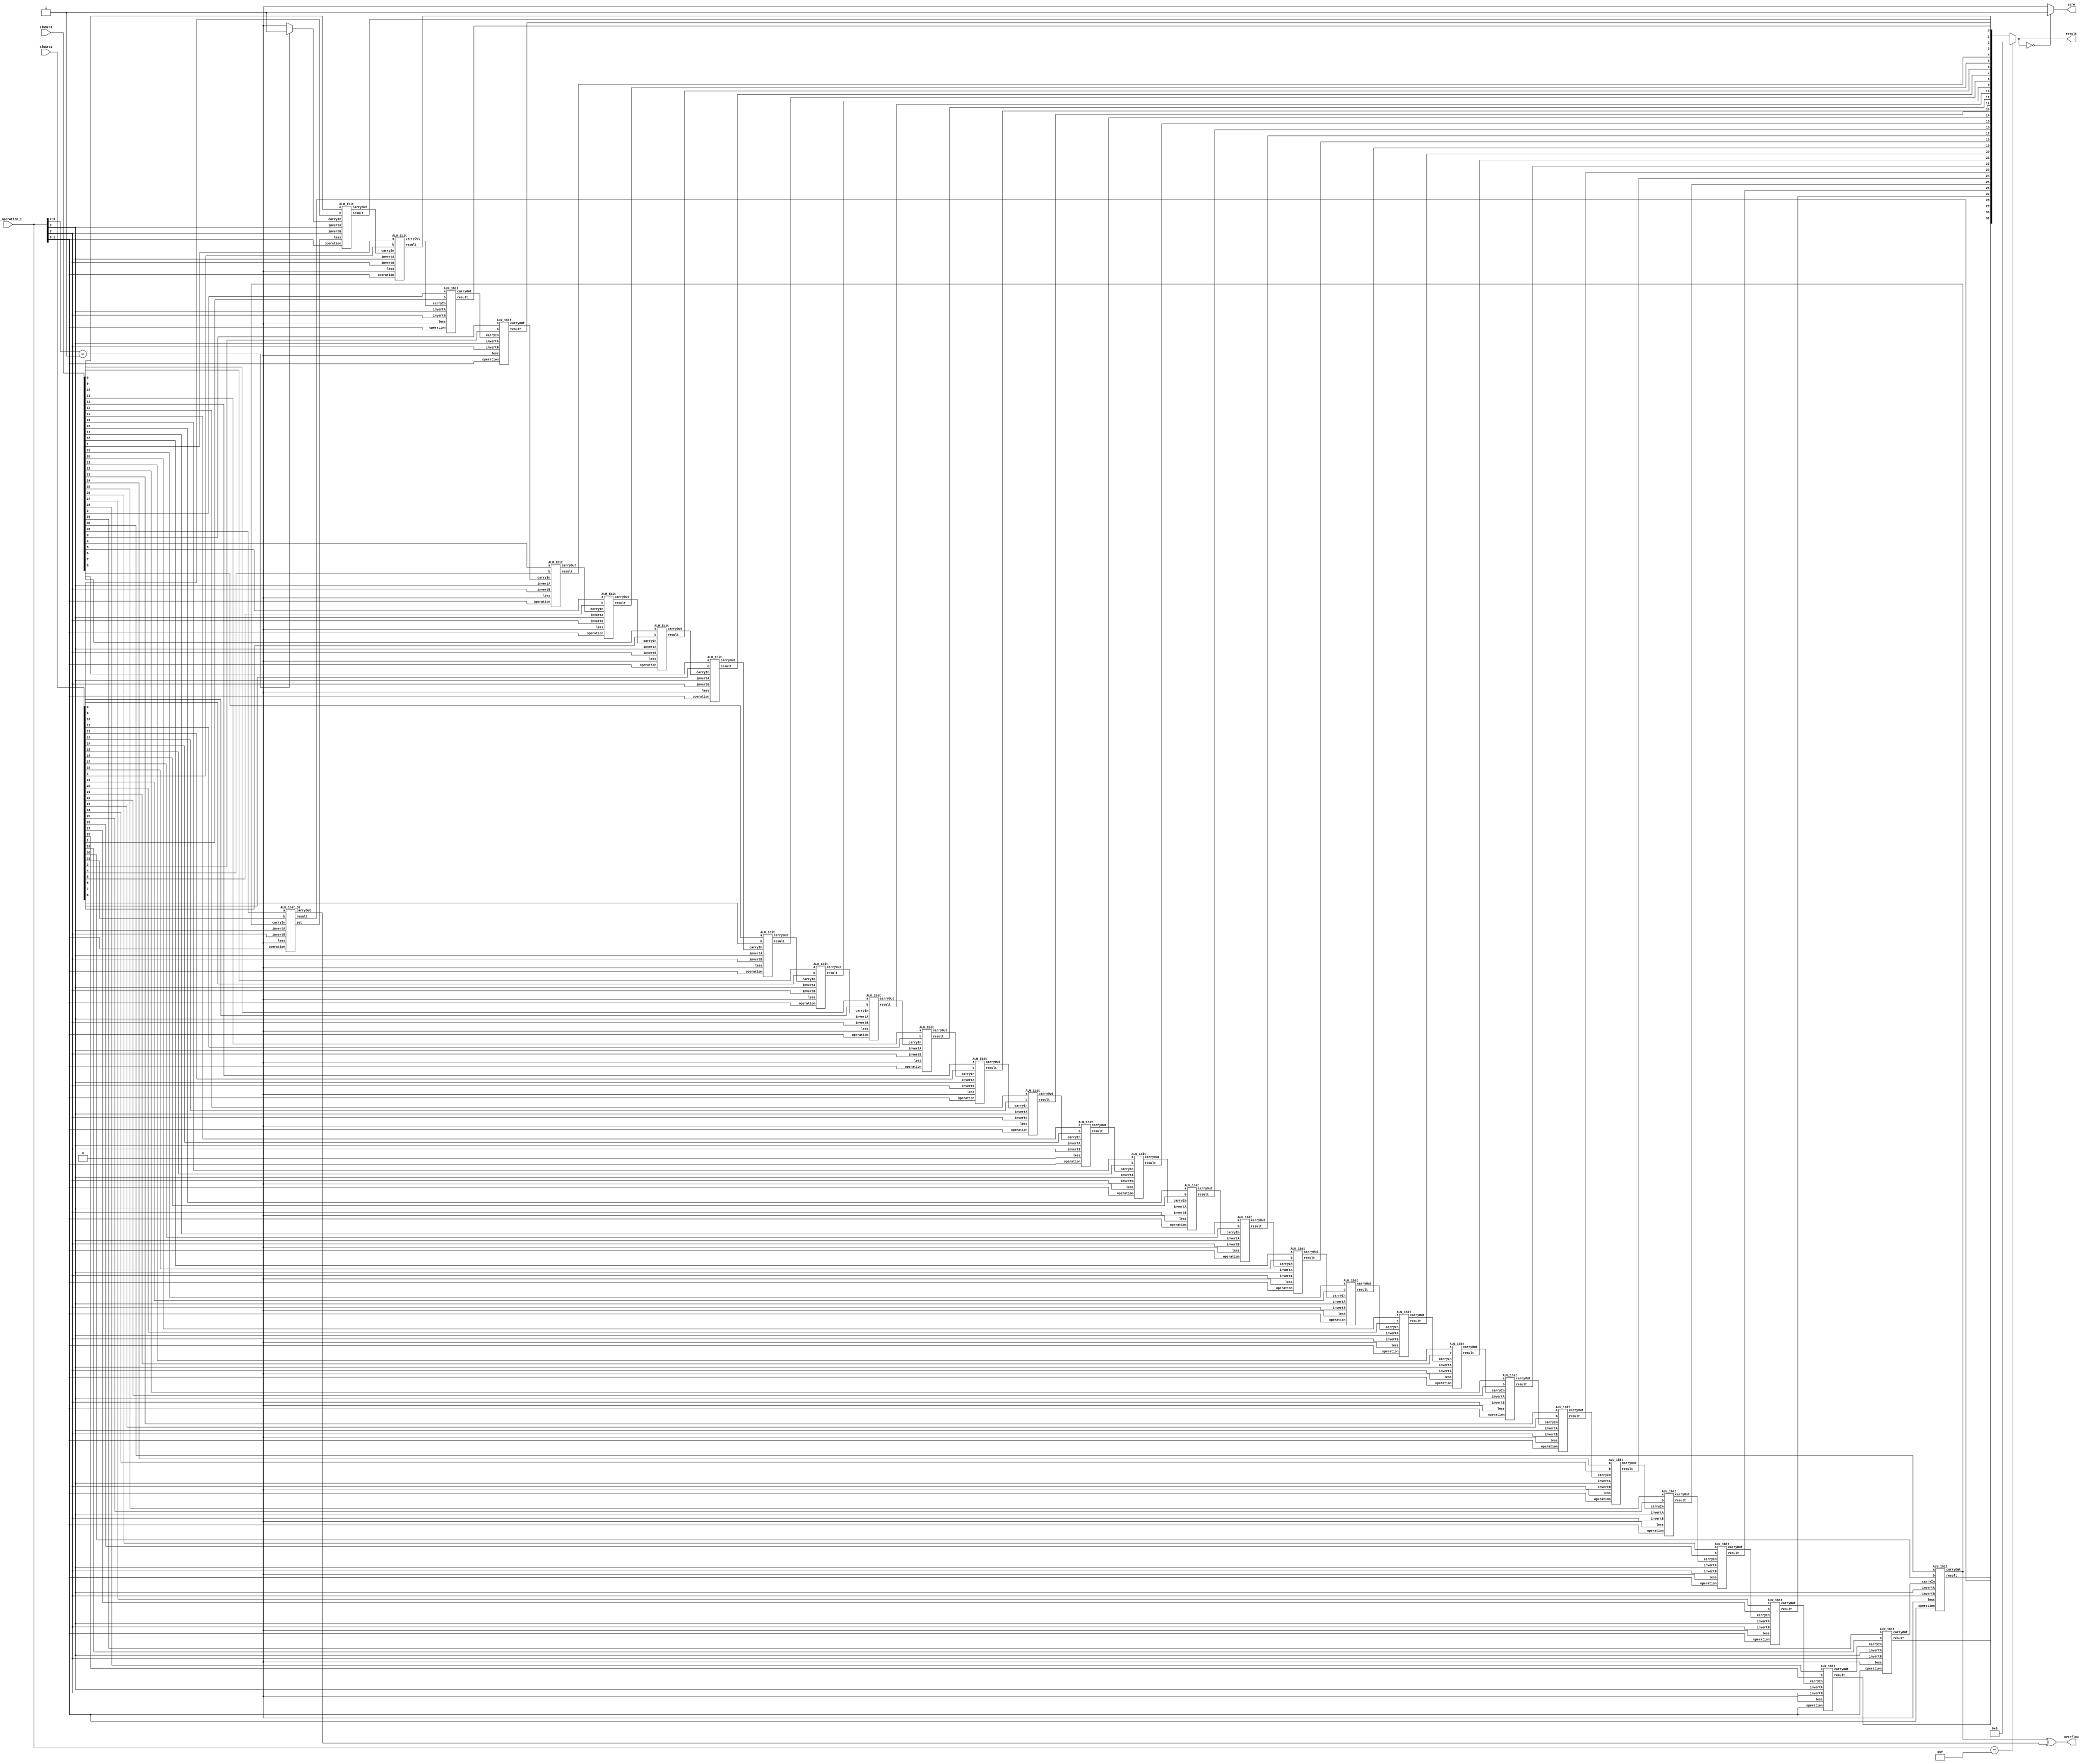
module ALU( aluSrc1, aluSrc2, ALU_operation_i, result, zero, overflow );

//I/O ports 
input	[32-1:0] aluSrc1;
input	[32-1:0] aluSrc2;
input	 [4-1:0] ALU_operation_i;

output	[32-1:0] result;
output			 zero;
output			 overflow;

//Internal Signals
wire			 zero;
wire			 overflow;
wire	[32-1:0] result;

//Main function
/*your code here*/

  wire[31:0] overf;
  wire set;
  wire carryIn;
  wire invertA;
  wire invertB;
  wire [1:0] operation;
  wire [32-1:0] result_cal;

  assign invertA = ALU_operation_i[3];

  assign invertB = ALU_operation_i[2];

  assign operation = ALU_operation_i[1:0];

  assign carryIn = (ALU_operation_i[3:2] == 2'b01)? 1 : 0;

  assign overflow = overf[30] ^ overf[31];

  assign zero = (result == 0)? 1 : 0;  

  assign result = (ALU_operation_i == 4'b1111)? 0 : result_cal; //don't card or jr result0

  ALU_1bit ALU1(result_cal[0], overf[0], aluSrc1[0], aluSrc2[0], invertA, invertB, operation, carryIn, set);
  ALU_1bit ALU2(result_cal[1], overf[1], aluSrc1[1], aluSrc2[1], invertA, invertB, operation, overf[0], 1'b0);
  ALU_1bit ALU3(result_cal[2], overf[2], aluSrc1[2], aluSrc2[2], invertA, invertB, operation, overf[1], 1'b0);
  ALU_1bit ALU4(result_cal[3], overf[3], aluSrc1[3], aluSrc2[3], invertA, invertB, operation, overf[2], 1'b0);
  ALU_1bit ALU5(result_cal[4], overf[4], aluSrc1[4], aluSrc2[4], invertA, invertB, operation, overf[3], 1'b0);
  ALU_1bit ALU6(result_cal[5], overf[5], aluSrc1[5], aluSrc2[5], invertA, invertB, operation, overf[4], 1'b0);
  ALU_1bit ALU7(result_cal[6], overf[6], aluSrc1[6], aluSrc2[6], invertA, invertB, operation, overf[5], 1'b0);
  ALU_1bit ALU8(result_cal[7], overf[7], aluSrc1[7], aluSrc2[7], invertA, invertB, operation, overf[6], 1'b0);
  ALU_1bit ALU9(result_cal[8], overf[8], aluSrc1[8], aluSrc2[8], invertA, invertB, operation, overf[7], 1'b0);
  ALU_1bit ALU10(result_cal[9], overf[9], aluSrc1[9], aluSrc2[9], invertA, invertB, operation, overf[8], 1'b0);
  ALU_1bit ALU11(result_cal[10], overf[10], aluSrc1[10], aluSrc2[10], invertA, invertB, operation, overf[9], 1'b0);
  ALU_1bit ALU12(result_cal[11], overf[11], aluSrc1[11], aluSrc2[11], invertA, invertB, operation, overf[10], 1'b0);
  ALU_1bit ALU13(result_cal[12], overf[12], aluSrc1[12], aluSrc2[12], invertA, invertB, operation, overf[11], 1'b0);
  ALU_1bit ALU14(result_cal[13], overf[13], aluSrc1[13], aluSrc2[13], invertA, invertB, operation, overf[12], 1'b0);
  ALU_1bit ALU15(result_cal[14], overf[14], aluSrc1[14], aluSrc2[14], invertA, invertB, operation, overf[13], 1'b0);
  ALU_1bit ALU16(result_cal[15], overf[15], aluSrc1[15], aluSrc2[15], invertA, invertB, operation, overf[14], 1'b0);
  ALU_1bit ALU17(result_cal[16], overf[16], aluSrc1[16], aluSrc2[16], invertA, invertB, operation, overf[15], 1'b0);
  ALU_1bit ALU18(result_cal[17], overf[17], aluSrc1[17], aluSrc2[17], invertA, invertB, operation, overf[16], 1'b0);
  ALU_1bit ALU19(result_cal[18], overf[18], aluSrc1[18], aluSrc2[18], invertA, invertB, operation, overf[17], 1'b0);
  ALU_1bit ALU20(result_cal[19], overf[19], aluSrc1[19], aluSrc2[19], invertA, invertB, operation, overf[18], 1'b0);
  ALU_1bit ALU21(result_cal[20], overf[20], aluSrc1[20], aluSrc2[20], invertA, invertB, operation, overf[19], 1'b0);
  ALU_1bit ALU22(result_cal[21], overf[21], aluSrc1[21], aluSrc2[21], invertA, invertB, operation, overf[20], 1'b0);
  ALU_1bit ALU23(result_cal[22], overf[22], aluSrc1[22], aluSrc2[22], invertA, invertB, operation, overf[21], 1'b0);
  ALU_1bit ALU24(result_cal[23], overf[23], aluSrc1[23], aluSrc2[23], invertA, invertB, operation, overf[22], 1'b0);
  ALU_1bit ALU25(result_cal[24], overf[24], aluSrc1[24], aluSrc2[24], invertA, invertB, operation, overf[23], 1'b0);
  ALU_1bit ALU26(result_cal[25], overf[25], aluSrc1[25], aluSrc2[25], invertA, invertB, operation, overf[24], 1'b0);
  ALU_1bit ALU27(result_cal[26], overf[26], aluSrc1[26], aluSrc2[26], invertA, invertB, operation, overf[25], 1'b0);
  ALU_1bit ALU28(result_cal[27], overf[27], aluSrc1[27], aluSrc2[27], invertA, invertB, operation, overf[26], 1'b0);
  ALU_1bit ALU29(result_cal[28], overf[28], aluSrc1[28], aluSrc2[28], invertA, invertB, operation, overf[27], 1'b0);
  ALU_1bit ALU30(result_cal[29], overf[29], aluSrc1[29], aluSrc2[29], invertA, invertB, operation, overf[28], 1'b0);
  ALU_1bit ALU31(result_cal[30], overf[30], aluSrc1[30], aluSrc2[30], invertA, invertB, operation, overf[29], 1'b0);
  ALU_1bit_32 ALU32(result_cal[31], overf[31], aluSrc1[31], aluSrc2[31], invertA, invertB, operation, overf[30], 1'b0, set);



endmodule




module ALU_1bit( result, carryOut, a, b, invertA, invertB, operation, carryIn, less ); 
  
  output wire result;
  output wire carryOut;
  
  input wire a;
  input wire b;
  input wire invertA;
  input wire invertB;
  input wire[1:0] operation;
  input wire carryIn;
  input wire less;
  
  /*your code here*/ 

  wire add_result, add_carryOut;
  wire in_a;
  wire in_b;
  assign in_a = invertA? ~a: a; 
  assign in_b = invertB? ~b: b;
  
  Full_adder FA(add_result, add_carryOut, carryIn, in_a, in_b);

  assign result = (operation == 2'b00) ?  in_a & in_b:
                  (operation == 2'b01) ?  in_a | in_b :
                  (operation == 2'b10) ?  add_result:
                                          less;

  assign carryOut = (operation == 2'b00) ?  0 :
                    (operation == 2'b01) ?  0 :
                    (operation == 2'b10) ?  add_carryOut:
                                            add_carryOut;               
endmodule

module ALU_1bit_32( result, carryOut, a, b, invertA, invertB, operation, carryIn, less, set); 
  
  output wire result;
  output wire carryOut;
  output wire set;
  
  input wire a;
  input wire b;
  input wire invertA;
  input wire invertB;
  input wire[1:0] operation;
  input wire carryIn;
  input wire less;
  
  /*your code here*/ 

  wire add_result, add_carryOut;
  wire in_a;
  wire in_b;
  assign in_a = invertA? ~a: a; 
  assign in_b = invertB? ~b: b;
  
  Full_adder FA(add_result, add_carryOut, carryIn, in_a, in_b);

  assign result = (operation == 2'b00) ?  in_a & in_b:
                  (operation == 2'b01) ?  in_a | in_b :
                  (operation == 2'b10) ?  add_result:
                                          less;

  assign carryOut = (operation == 2'b00) ?  0 :
                    (operation == 2'b01) ?  0 :
                    (operation == 2'b10) ?  add_carryOut:
                                            add_carryOut;  

  assign set = (operation == 2'b11)? add_result:
                                     0;

endmodule


module Full_adder(sum, carryOut, carryIn, input1, input2);

	input carryIn, input1, input2;

	output sum, carryOut;

	wire w1, w2, w3;

	xor x1(w1, input1, input2);
	xor x2(sum, w1, carryIn);
	and a1(w2, input1, input2);
	and a2(w3, w1, carryIn);
	or o1(carryOut, w2, w3);

endmodule